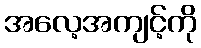
အလေ့အကျင့်ကို